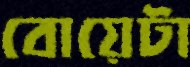
বোয়েটা